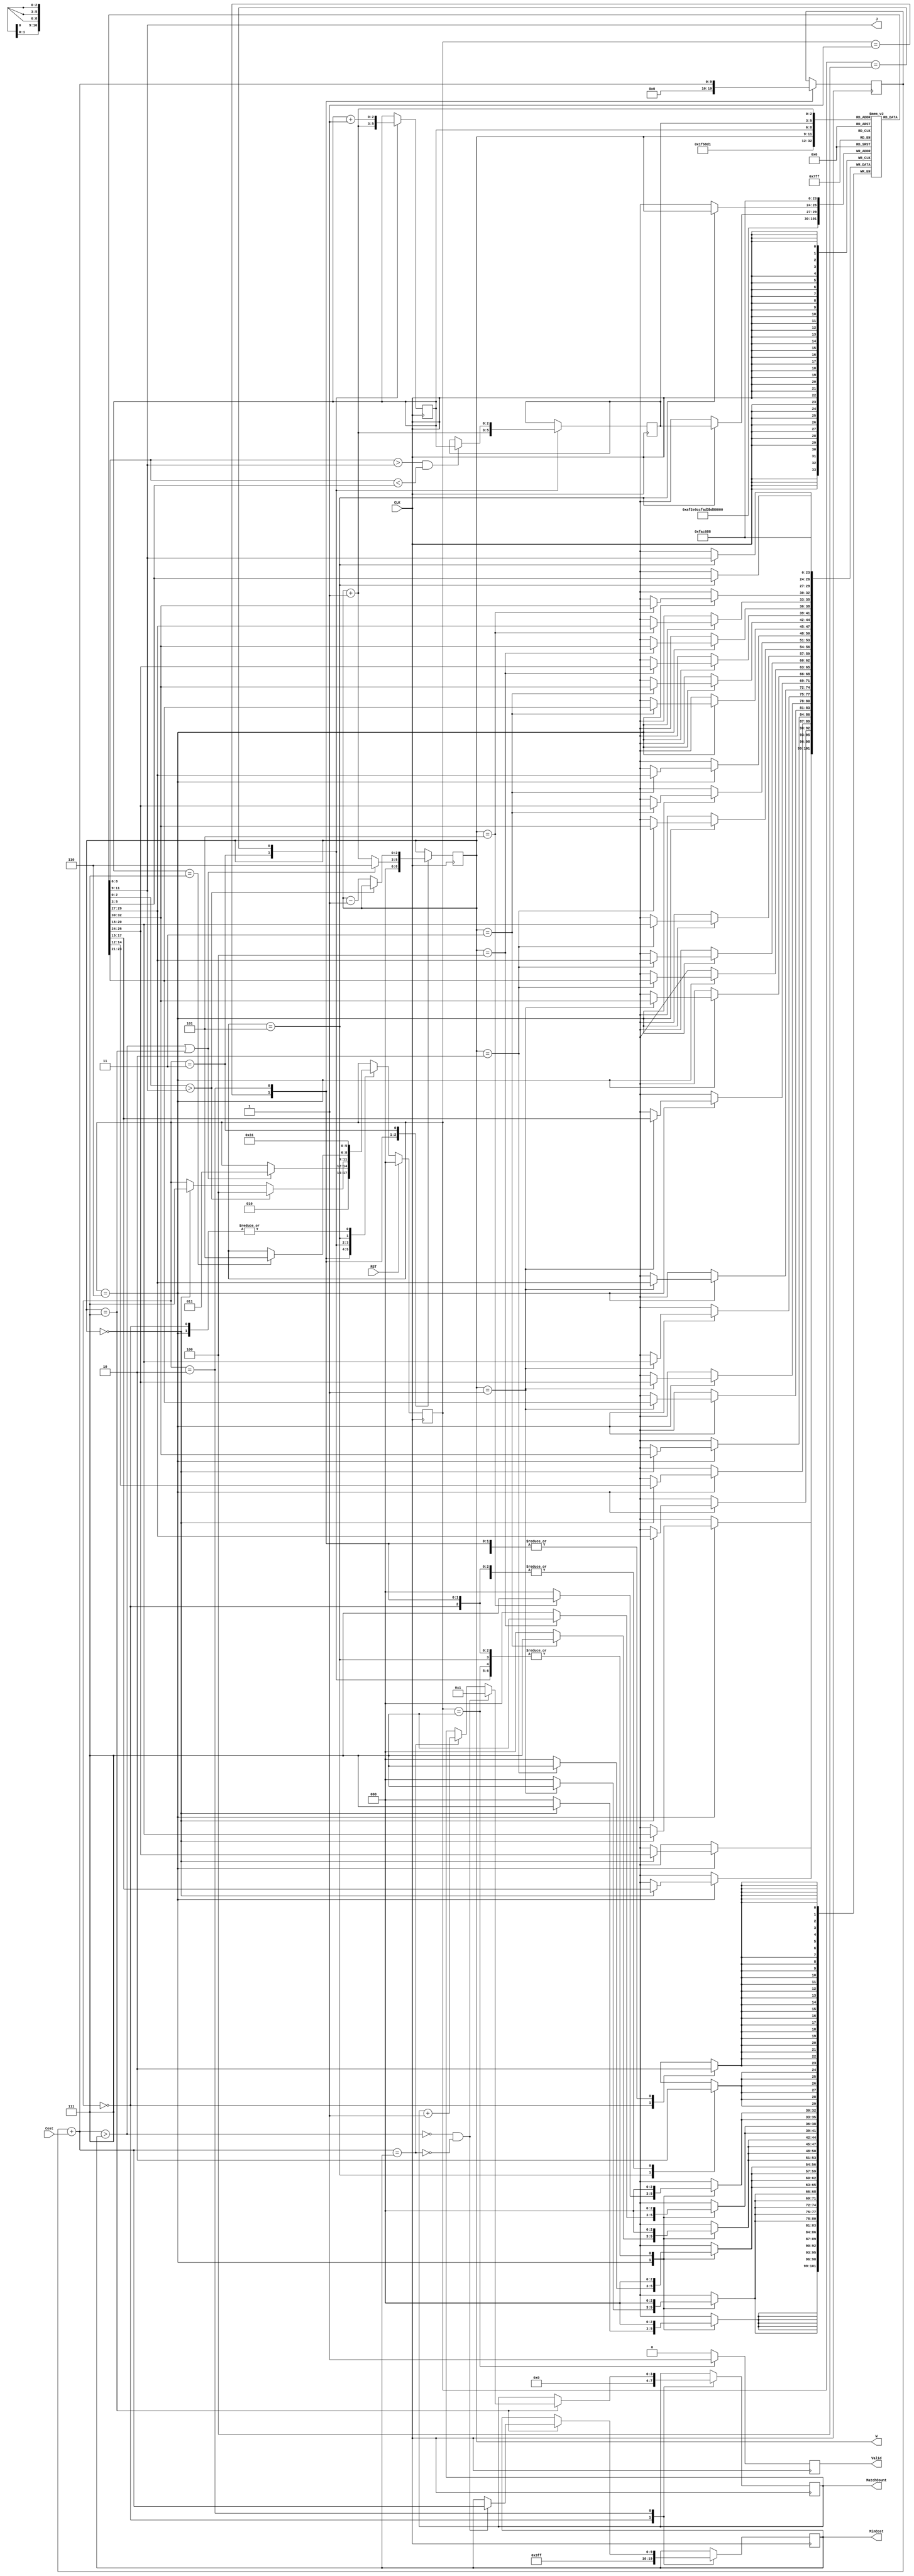
module JAM (
input CLK,
input RST,
output reg [2:0] W,
output reg [2:0] J,
input [6:0] Cost,
output reg [3:0] MatchCount,
output reg [9:0] MinCost,
output reg Valid );
/* my design */
reg [2:0] state, nxt_state;
localparam Idle = 3'd0;
localparam Begin = 3'd1;
localparam Calculation = 3'd2;
localparam Find_i = 3'd3;
localparam Find_j = 3'd4;
localparam Swap = 3'd5;
localparam Reverse = 3'd6;
localparam Finish = 3'd7;

reg [2:0] p [0:7];

reg [2:0] i;
wire [2:0] i_add_1 = i + 3'd1;
wire i_end = (i == 3'd7);

reg [9:0] sum;
wire [9:0] sum_a_Cost = sum + Cost;
wire sum_a_Cost_gt_MinCost = (sum_a_Cost > MinCost);
wire sum_a_Cost_eq_MinCost = (sum_a_Cost == MinCost); 
wire sum_a_Cost_lt_MinCost = (!sum_a_Cost_gt_MinCost && !sum_a_Cost_eq_MinCost); 

wire calc_end = (sum_a_Cost_gt_MinCost || i_end);

reg [2:0] j, k;
wire [2:0] p_i_ = p[i];
wire [2:0] p_j_ = p[j];
wire [2:0] p_k_ = p[k];
wire [2:0] i_sub_1 = i - 3'd1;
wire i_ok = (p[i_add_1] > p_i_);

always @(*) begin // next state logic
	nxt_state <= state;
	case (state)
		Idle : nxt_state <= Begin;
		Begin : nxt_state <= Calculation;
		Calculation:
			if (calc_end) nxt_state <= Find_i;
		Find_i :
			if (i_ok) nxt_state <= Find_j;
			else if (i == 3'd0) nxt_state <= Finish;
		Find_j :
			if (j == 3'd7) nxt_state <= Swap;
		Swap : nxt_state <= Reverse;
		Reverse : nxt_state <= Begin;
	endcase
end

always @(posedge CLK/* or posedge RST*/) begin // FSM
	if (RST) state <= Idle;
	else state <= nxt_state;
end

always @(*) begin
	W <= i;
	J <= p_i_;
end

always @(posedge CLK) begin
	Valid <= 1'b0;
	case (state)
		Idle : begin
			p[0] <= 3'd0;
			p[1] <= 3'd1;
			p[2] <= 3'd2;
			p[3] <= 3'd3;
			p[4] <= 3'd4;
			p[5] <= 3'd5;
			p[6] <= 3'd6;
			p[7] <= 3'd7;
			MinCost <= 10'h3FF;
			MatchCount <= 4'd0;
		end
		Begin : begin
			i <= 3'd0;
			sum <= 17'h0;
		end
		Calculation: begin
			i <= i_add_1;
			sum <= sum_a_Cost;
			if (calc_end) i <= 3'd6;
			if (i_end) begin
				if (sum_a_Cost_lt_MinCost) begin
					MinCost <= sum_a_Cost;
					MatchCount <= 4'd1;
				end
				else if (sum_a_Cost_eq_MinCost) MatchCount <= MatchCount + 4'd1;
			end
		end
		Find_i : begin
			if (!i_ok) i <= i_sub_1;
			j <= i_add_1;
			k <= i_add_1;
		end
		Find_j : begin
			if (p_j_ > p_i_ && p_j_ < p_k_) k <= j;
			j <= j + 3'd1;
		end
		Swap : begin
			p[i] <= p_k_;
			p[k] <= p_i_;
		end
		Reverse : begin
			case (i)
				3'd5 : begin
					p[6] <= p[7];
					p[7] <= p[6];
				end
				3'd4 : begin
					p[5] <= p[7];
					p[7] <= p[5];
				end
				3'd3 : begin
					p[4] <= p[7];
					p[7] <= p[4];
					p[5] <= p[6];
					p[6] <= p[5];
				end
				3'd2 : begin
					p[3] <= p[7];
					p[7] <= p[3];
					p[4] <= p[6];
					p[6] <= p[4];
				end
				3'd1 : begin
					p[2] <= p[7];
					p[7] <= p[2];
					p[3] <= p[6];
					p[6] <= p[3];
					p[4] <= p[5];
					p[5] <= p[4];
				end
				3'd0 : begin
					p[1] <= p[7];
					p[7] <= p[1];
					p[2] <= p[6];
					p[6] <= p[2];
					p[3] <= p[5];
					p[5] <= p[3];
				end
			endcase
		end
		Finish : begin
			Valid <= 1'b1;
		end
	endcase
end

endmodule